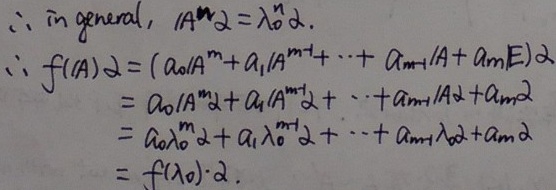
\(\begin{align*}
&\therefore \text{in general, }A^{m}\alpha=\lambda^{m}\alpha.\\
&\therefore f(A)\alpha=(a_{0}A^{m}+a_{1}A^{m - 1}+\cdots+a_{m - 1}A + a_{m}E)\alpha\\
&\quad\quad\quad=a_{0}A^{m}\alpha+a_{1}A^{m - 1}\alpha+\cdots+a_{m - 1}A\alpha+a_{m}\alpha\\
&\quad\quad\quad=a_{0}\lambda^{m}\alpha+a_{1}\lambda^{m - 1}\alpha+\cdots+a_{m - 1}\lambda\alpha+a_{m}\alpha\\
&\quad\quad\quad=f(\lambda)\cdot\alpha.
\end{align*}\)